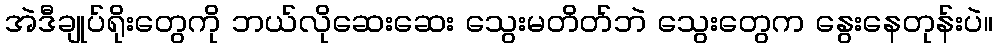
အဲဒီချုပ်ရိုးတွေကို ဘယ်လိုဆေးဆေး သွေးမတိတ်ဘဲ သွေးတွေက နွေးနေတုန်းပဲ။